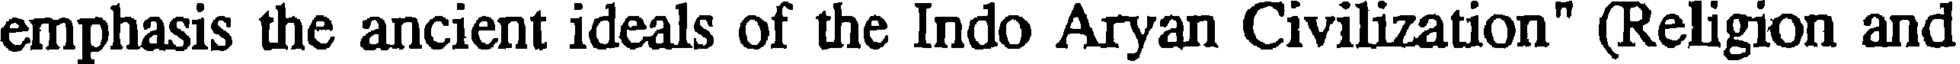
emphasis the ancient ideals of the Indo Aryan Civilization" (Religion and